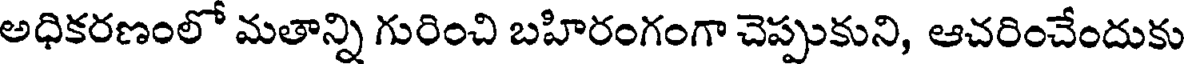
అధికరణంలో మతాన్ని గురించి బహిరంగంగా చెప్పుకుని, ఆచరించేందుకు